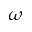
\omega